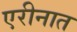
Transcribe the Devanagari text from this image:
एरीनात